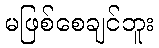
မဖြစ်စေချင်ဘူး